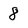
Character: 8